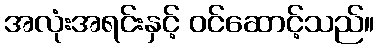
အလုံးအရင်းနှင့် ဝင်ဆောင့်သည်။